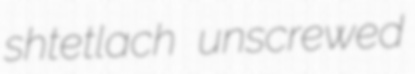
shtetlach unscrewed